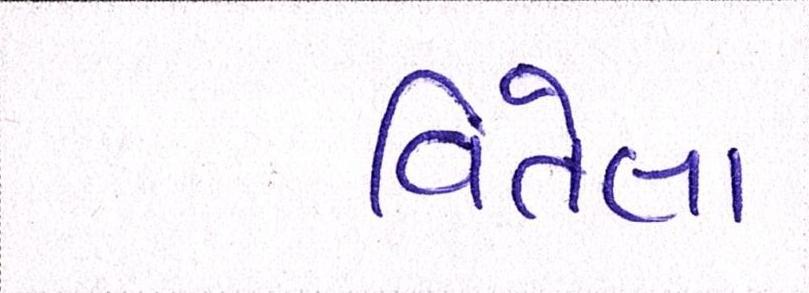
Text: વિતેલા